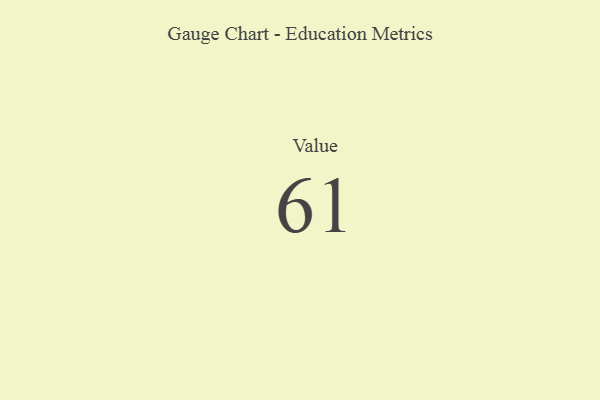
{"axis": {"x": "Metric", "y": "Value"}, "legend": [""], "data": [{"x": "Value", "y": 61, "type": ""}]}